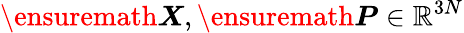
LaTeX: \ensuremath{\boldsymbol{X}},\ensuremath{\boldsymbol{P}}\in\mathbb{R}^{3N}